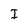
Character: I